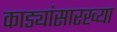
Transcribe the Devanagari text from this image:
काड्यांसारख्या